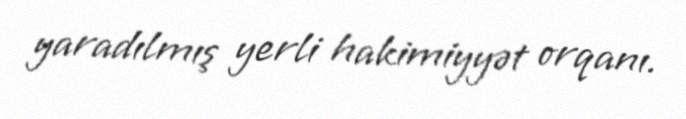
yaradılmış yerli hakimiyyət orqanı.